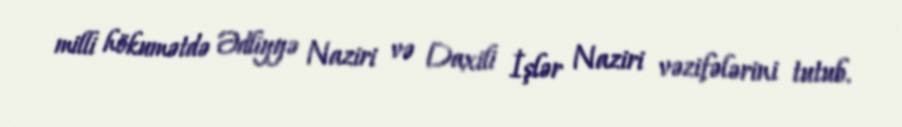
milli hökumətdə Ədliyyə Naziri və Daxili İşlər Naziri vəzifələrini tutub.